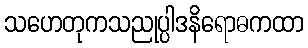
သဟေတုကသညုပ္ပါဒနိရောဓကထာ